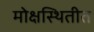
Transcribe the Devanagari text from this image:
मोक्षस्थितीत